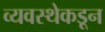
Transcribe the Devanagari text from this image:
व्यवस्थेकडून